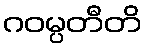
ဂဝမ္ပတီတိ